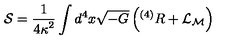
{ \cal S } = \frac { 1 } { { 4 \kappa } ^ { 2 } } \int d ^ { 4 } x \sqrt { - G } \left( { } ^ { ( 4 ) } R + { \cal L } _ { \cal M } \right)